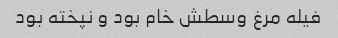
فیله مرغ وسطش خام بود و نپخته بود